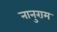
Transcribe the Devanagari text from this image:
नानुराम